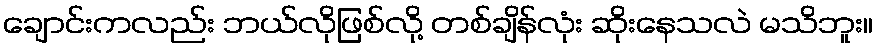
ချောင်းကလည်း ဘယ်လိုဖြစ်လို့ တစ်ချိန်လုံး ဆိုးနေသလဲ မသိဘူး။